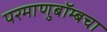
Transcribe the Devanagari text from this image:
परमाणुबॉम्बचा